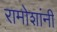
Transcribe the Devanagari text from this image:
रामोशांनी